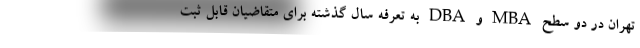
تهران در دو سطح MBA و DBA به تعرفه سال گذشته براي متقاضيان قابل ثبت